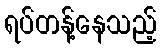
ရပ်တန့်နေသည့်